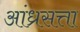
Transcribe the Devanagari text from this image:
आंध्रसत्ता